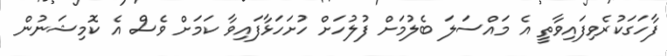
ފާހަގަކުރެވިފައިވާތީ އެ މައްސަލަ ބެލުމަށް ފުލުހަށް ހުށަހަޅާފައިވާ ކަމަށް ވެސް އެ ކޮމިޝަނުން